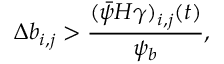
\Delta b _ { i , j } > \frac { ( \bar { \psi } H \gamma ) _ { i , j } ( t ) } { \psi _ { b } } ,